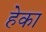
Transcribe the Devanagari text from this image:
हेका